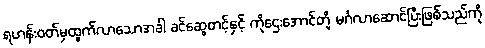
ရဟန်းဝတ်မှထွက်လာသောအခါ ခင်ဆွေတင့်နှင့် ကိုဌေးအောင်တို့ မင်္ဂလာဆောင်ပြီးဖြစ်သည်ကို